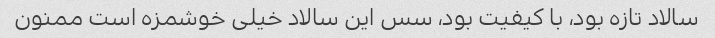
سالاد تازه بود، با کیفیت بود، سس این سالاد خیلی خوشمزه است ممنون